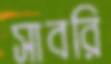
সাবরি